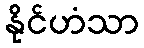
နိုင်ဟံသာ